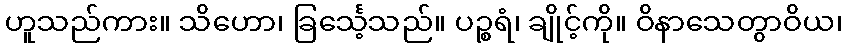
ဟူသည်ကား။ သိဟော၊ ခြင်္သေ့သည်။ ပဉ္စရံ၊ ချိုင့်ကို။ ဝိနာသေတွာဝိယ၊